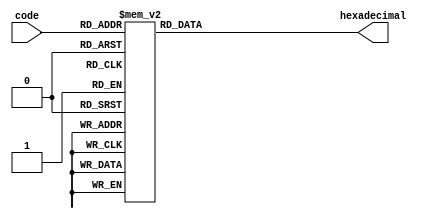
// This program was cloned from: https://github.com/RomeoMe5/DDLM
// License: MIT License

module seg7_tohex
(
input [3:0] code,
output reg [7:0] hexadecimal
);

always @ (*)
begin
case (code)
4'b0000: hexadecimal <= 8'b11000000;//all inverted for outputs
4'b0001: hexadecimal <= 8'b11111001;//
4'b0010: hexadecimal <= 8'b10100100;//
4'b0011: hexadecimal <= 8'b10110000;//
4'b0100: hexadecimal <= 8'b10011001;//
4'b0101: hexadecimal <= 8'b10010010;//
4'b0110: hexadecimal <= 8'b10000010;//
4'b0111: hexadecimal <= 8'b11111000;//
4'b1000: hexadecimal <= 8'b10000000;//
4'b1001: hexadecimal <= 8'b10010000;//
4'b1010: hexadecimal <= 8'b10001000;//
4'b1011: hexadecimal <= 8'b10000011;//
4'b1100: hexadecimal <= 8'b11000110;//
4'b1101: hexadecimal <= 8'b10100001;//
4'b1110: hexadecimal <= 8'b10000110;//
4'b1111: hexadecimal <= 8'b10001110;//
default: hexadecimal <= 8'b11111111;//
endcase
end

endmodule